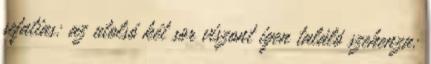
sefatias: az utolsó két sor viszont igen találó szehenza: